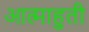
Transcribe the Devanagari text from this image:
आत्माहुती